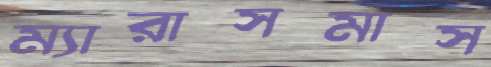
ম্যারাসমাস